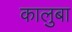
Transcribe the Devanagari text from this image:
कालुबा